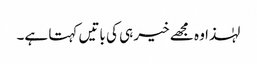
لہٰذا وہ مجھے خیر ہی کی باتیں کہتا ہے۔